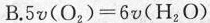
B. $$5 v ( { O } _ { 2 } ) = 6 v ( { H } _ { 2 }